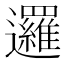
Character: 邏